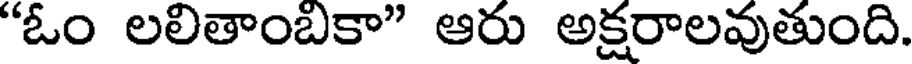
"ఓం లలితాంబకా" ఆరు అక్షరాలవుతుంది.